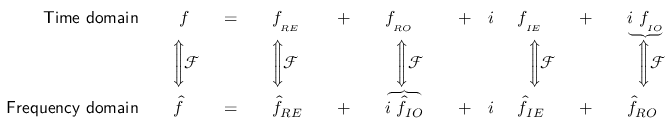
{ \begin{array} { r l r l r l r l r l } { { \mathsf { T i m e \ d o m a i n } } \quad } & { \ f \quad } & { = \quad } & { f _ { _ { R E } } \quad } & { + \quad } & { f _ { _ { R O } } \quad } & { + \quad i \ } & { f _ { _ { I E } } \quad } & { + \quad } & { \underbrace { i \ f _ { _ { I O } } } } \\ & { { \Bigg \Updownarrow } { \mathcal { F } } } & & { { \Bigg \Updownarrow } { \mathcal { F } } } & & { \ \ { \Bigg \Updownarrow } { \mathcal { F } } } & & { \ \ { \Bigg \Updownarrow } { \mathcal { F } } } & & { \ \ { \Bigg \Updownarrow } { \mathcal { F } } } \\ { { \mathsf { F r e q u e n c y \ d o m a i n } } \quad } & { { \hat { f } } \quad } & { = \quad } & { { \hat { f } } _ { R E } \quad } & { + \quad } & { \overbrace { i \ { \hat { f } } _ { I O } } \quad } & { + \quad i \ } & { { \hat { f } } _ { I E } \quad } & { + \quad } & { { \hat { f } } _ { R O } } \end{array} }